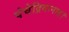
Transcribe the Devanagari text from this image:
पंचेद्रियानाह।